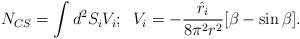
LaTeX: \begin{align*}N_{CS}=\int d^2S_iV_i;\;\;V_i=-\frac{\hat{r}_i}{8\pi^2r^2}[\beta - \sin \beta ].\end{align*}